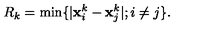
R _ { k } = \min \{ | { \bf x } _ { i } ^ { k } - { \bf x } _ { j } ^ { k } | ; i \neq j \} .